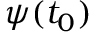
\psi ( t _ { 0 } )